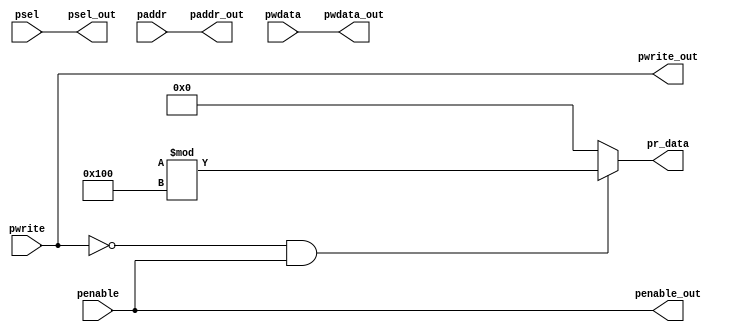

//apb_interface implementation
module apb_interface(input pwrite,penable,input [2:0] psel, input [31:0] pwdata,paddr,
output pwrite_out, penable_out, 
output [2:0] psel_out,
output [31:0] pwdata_out,paddr_out,
output reg [31:0] pr_data);

//except prdata the i/p data directly given to o/p ports
assign psel_out=psel;
assign pwrite_out=pwrite;
assign penable_out=penable;
assign paddr_out=paddr;
assign pwdata_out=pwdata;

always@(*)
begin
if(pwrite==0 && penable==1 ) //read transaction
pr_data={$random}%256; //random b/w 0-255
else
pr_data=0;
end

endmodule